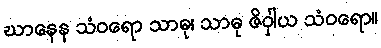
ဃာနေန သံဝရော သာဓု၊ သာဓု ဇိဝှါယ သံဝရော။